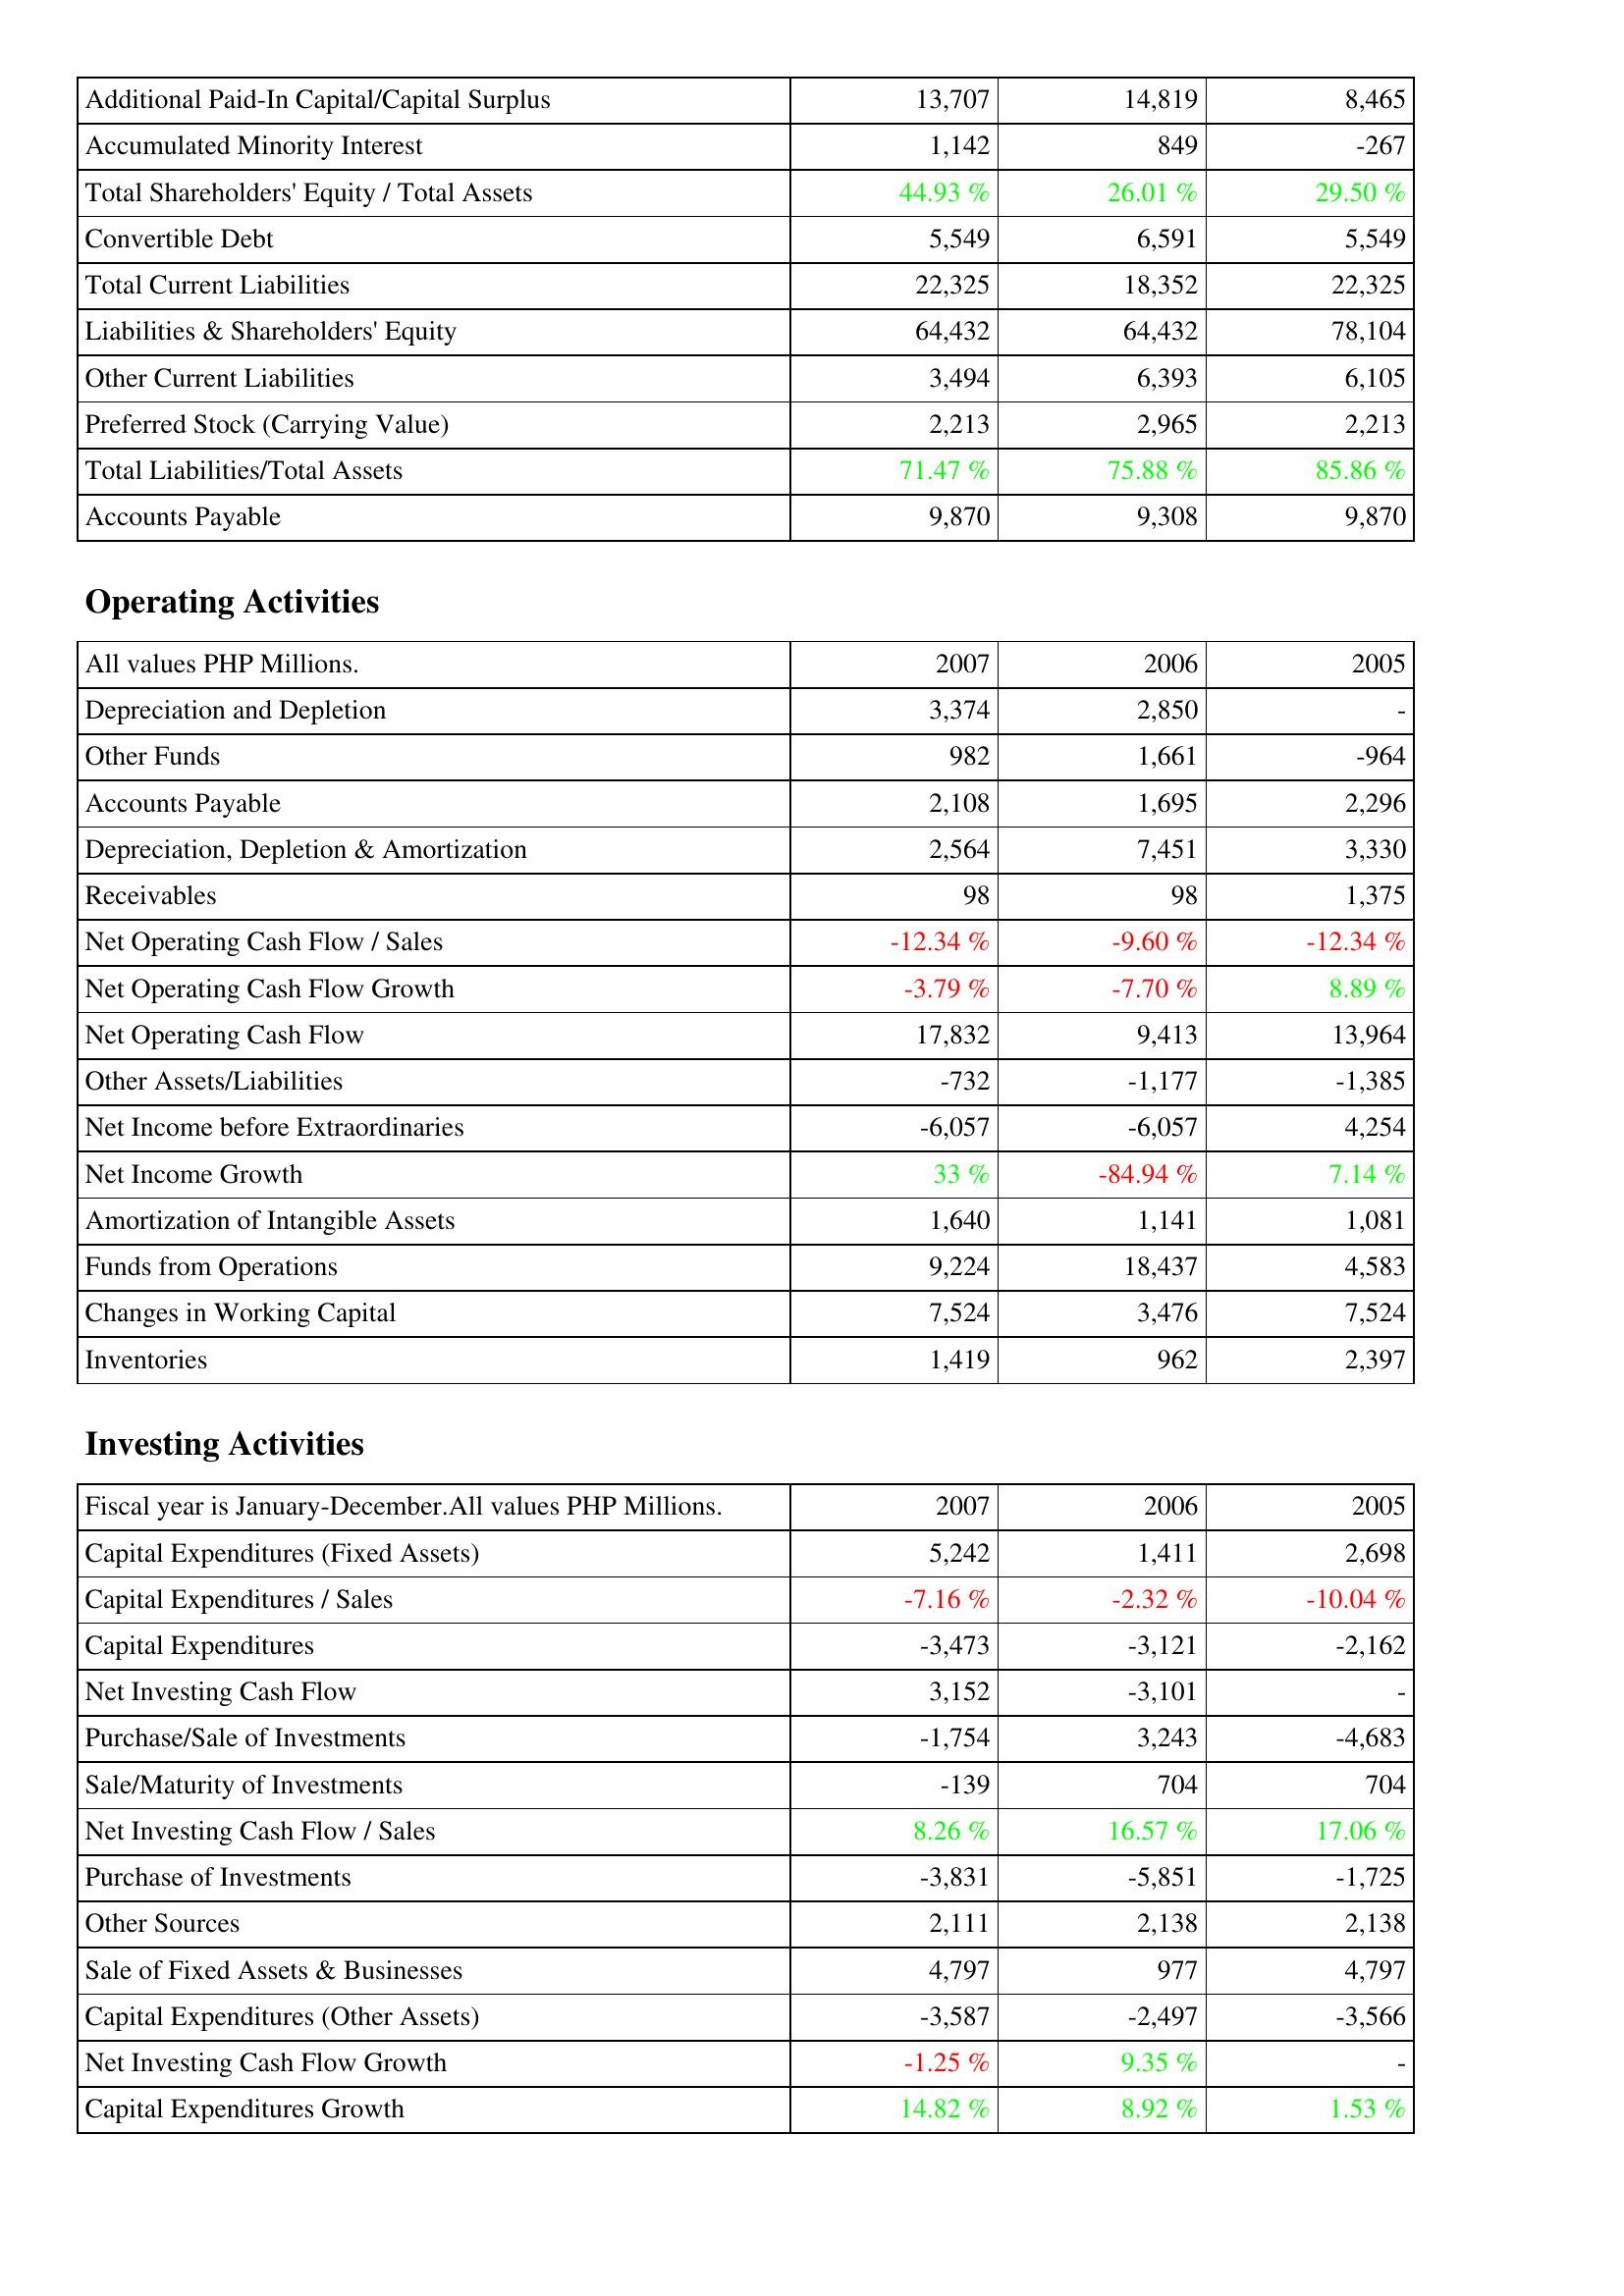
2007: Liabilities & Shareholders' Equity: Additional Paid-In Capital/Capital Surplus: 13,707
Accumulated Minority Interest: 1,142
Total Shareholders' Equity / Total Assets: 44.93 %
Convertible Debt: 5,549
Total Current Liabilities: 22,325
Liabilities & Shareholders' Equity: 64,432
Other Current Liabilities: 3,494
Preferred Stock (Carrying Value): 2,213
Total Liabilities/Total Assets: 71.47 %
Accounts Payable: 9,870
Operating Activities: Depreciation and Depletion: 3,374
Other Funds: 982
Accounts Payable: 2,108
Depreciation, Depletion & Amortization: 2,564
Receivables: 98
Net Operating Cash Flow / Sales: -12.34 %
Net Operating Cash Flow Growth: -3.79 %
Net Operating Cash Flow: 17,832
Other Assets/Liabilities: -732
Net Income before Extraordinaries: -6,057
Net Income Growth: 33 %
Amortization of Intangible Assets: 1,640
Funds from Operations: 9,224
Changes in Working Capital: 7,524
Inventories: 1,419
Investing Activities: Capital Expenditures (Fixed Assets): 5,242
Capital Expenditures / Sales: -7.16 %
Capital Expenditures: -3,473
Net Investing Cash Flow: 3,152
Purchase/Sale of Investments: -1,754
Sale/Maturity of Investments: -139
Net Investing Cash Flow / Sales: 8.26 %
Purchase of Investments: -3,831
Other Sources: 2,111
Sale of Fixed Assets & Businesses: 4,797
Capital Expenditures (Other Assets): -3,587
Net Investing Cash Flow Growth: -1.25 %
Capital Expenditures Growth: 14.82 %
2006: Liabilities & Shareholders' Equity: Additional Paid-In Capital/Capital Surplus: 14,819
Accumulated Minority Interest: 849
Total Shareholders' Equity / Total Assets: 26.01 %
Convertible Debt: 6,591
Total Current Liabilities: 18,352
Liabilities & Shareholders' Equity: 64,432
Other Current Liabilities: 6,393
Preferred Stock (Carrying Value): 2,965
Total Liabilities/Total Assets: 75.88 %
Accounts Payable: 9,308
Operating Activities: Depreciation and Depletion: 2,850
Other Funds: 1,661
Accounts Payable: 1,695
Depreciation, Depletion & Amortization: 7,451
Receivables: 98
Net Operating Cash Flow / Sales: -9.60 %
Net Operating Cash Flow Growth: -7.70 %
Net Operating Cash Flow: 9,413
Other Assets/Liabilities: -1,177
Net Income before Extraordinaries: -6,057
Net Income Growth: -84.94 %
Amortization of Intangible Assets: 1,141
Funds from Operations: 18,437
Changes in Working Capital: 3,476
Inventories: 962
Investing Activities: Capital Expenditures (Fixed Assets): 1,411
Capital Expenditures / Sales: -2.32 %
Capital Expenditures: -3,121
Net Investing Cash Flow: -3,101
Purchase/Sale of Investments: 3,243
Sale/Maturity of Investments: 704
Net Investing Cash Flow / Sales: 16.57 %
Purchase of Investments: -5,851
Other Sources: 2,138
Sale of Fixed Assets & Businesses: 977
Capital Expenditures (Other Assets): -2,497
Net Investing Cash Flow Growth: 9.35 %
Capital Expenditures Growth: 8.92 %
2005: Liabilities & Shareholders' Equity: Additional Paid-In Capital/Capital Surplus: 8,465
Accumulated Minority Interest: -267
Total Shareholders' Equity / Total Assets: 29.50 %
Convertible Debt: 5,549
Total Current Liabilities: 22,325
Liabilities & Shareholders' Equity: 78,104
Other Current Liabilities: 6,105
Preferred Stock (Carrying Value): 2,213
Total Liabilities/Total Assets: 85.86 %
Accounts Payable: 9,870
Operating Activities: Depreciation and Depletion: -
Other Funds: -964
Accounts Payable: 2,296
Depreciation, Depletion & Amortization: 3,330
Receivables: 1,375
Net Operating Cash Flow / Sales: -12.34 %
Net Operating Cash Flow Growth: 8.89 %
Net Operating Cash Flow: 13,964
Other Assets/Liabilities: -1,385
Net Income before Extraordinaries: 4,254
Net Income Growth: 7.14 %
Amortization of Intangible Assets: 1,081
Funds from Operations: 4,583
Changes in Working Capital: 7,524
Inventories: 2,397
Investing Activities: Capital Expenditures (Fixed Assets): 2,698
Capital Expenditures / Sales: -10.04 %
Capital Expenditures: -2,162
Net Investing Cash Flow: -
Purchase/Sale of Investments: -4,683
Sale/Maturity of Investments: 704
Net Investing Cash Flow / Sales: 17.06 %
Purchase of Investments: -1,725
Other Sources: 2,138
Sale of Fixed Assets & Businesses: 4,797
Capital Expenditures (Other Assets): -3,566
Net Investing Cash Flow Growth: -
Capital Expenditures Growth: 1.53 %